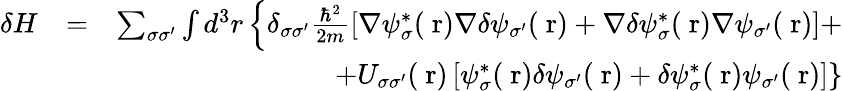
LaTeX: \begin{array}{rlr}{\delta H}&{=}&{\sum_{\sigma\sigma^{\prime}}\int d^{3}r\left\{ \delta_{\sigma\sigma^{\prime}}\frac{\hbar^{2}}{2m}\left[\nabla\psi_{\sigma}^{*}(\mathrm{\mathbf~r})\nabla\delta\psi_{\sigma^{\prime}}(\mathrm{\mathbf~r})+\nabla\delta\psi_{\sigma}^{*}(\mathrm{\mathbf~r})\nabla\psi_{\sigma^{\prime}}(\mathrm{\mathbf~r})\right]+\right.}\\ &{}&{\left.+U_{\sigma\sigma^{\prime}}(\mathrm{\mathbf~r})\left[\psi_{\sigma}^{*}(\mathrm{\mathbf~r})\delta\psi_{\sigma^{\prime}}(\mathrm{\mathbf~r})+\delta\psi_{\sigma}^{*}(\mathrm{\mathbf~r})\psi_{\sigma^{\prime}}(\mathrm{\mathbf~r})\right]\right\} }\end{array}